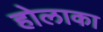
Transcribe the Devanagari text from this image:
होलाका